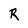
Character: R